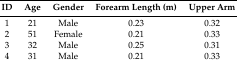
| ID | Age | Gender | Forearm Length (m) | Upper Arm |
 | --- | --- | --- | --- | --- |
 | 1 | 21 | Male | 0.23 | 0.32 |
 | 2 | 51 | Female | 0.21 | 0.33 |
 | 3 | 32 | Male | 0.25 | 0.31 |
 | 4 | 31 | Male | 0.21 | 0.33 |